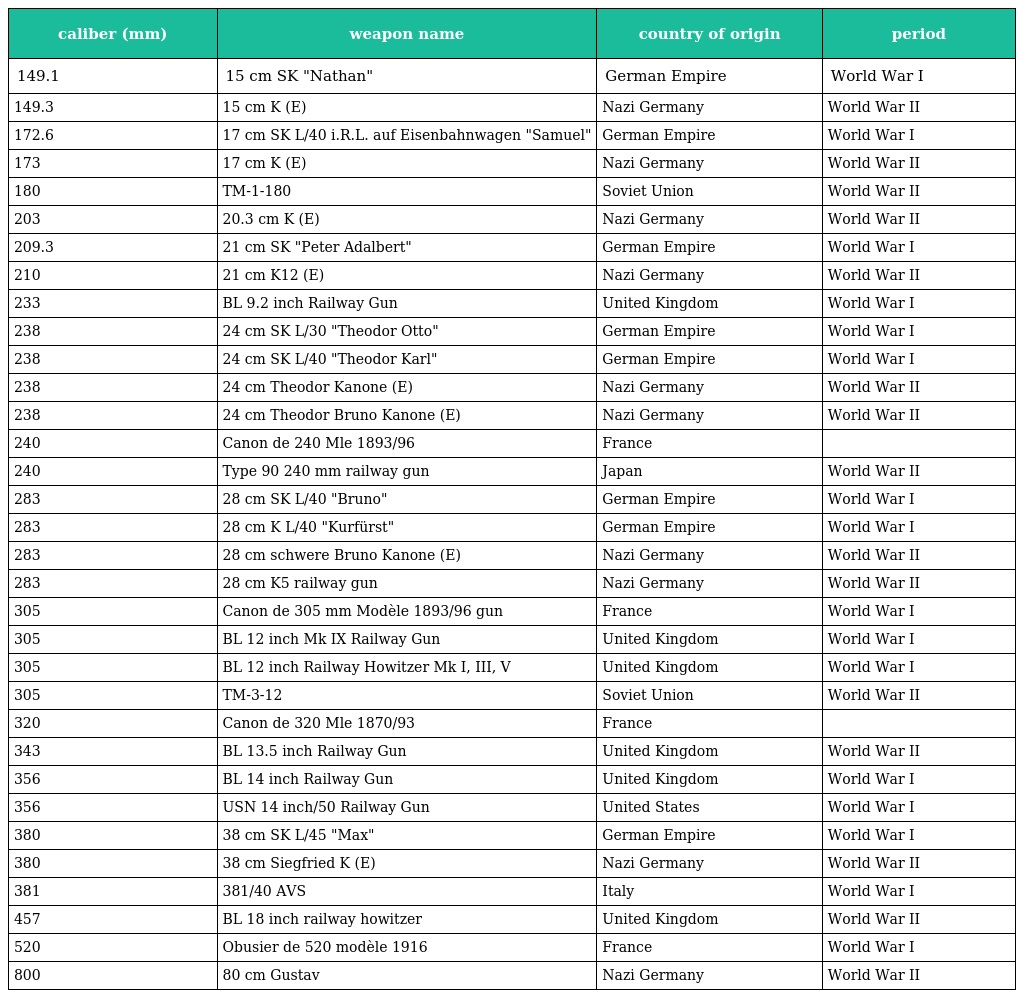
| caliber (mm) | weapon name | country of origin | period |
 | --- | --- | --- | --- |
 | 149.1 | 15 cm SK "Nathan" | German Empire | World War I |
 | 149.3 | 15 cm K (E) | Nazi Germany | World War II |
 | 172.6 | 17 cm SK L/40 i.R.L. auf Eisenbahnwagen "Samuel" | German Empire | World War I |
 | 173 | 17 cm K (E) | Nazi Germany | World War II |
 | 180 | TM-1-180 | Soviet Union | World War II |
 | 203 | 20.3 cm K (E) | Nazi Germany | World War II |
 | 209.3 | 21 cm SK "Peter Adalbert" | German Empire | World War I |
 | 210 | 21 cm K12 (E) | Nazi Germany | World War II |
 | 233 | BL 9.2 inch Railway Gun | United Kingdom | World War I |
 | 238 | 24 cm SK L/30 "Theodor Otto" | German Empire | World War I |
 | 238 | 24 cm SK L/40 "Theodor Karl" | German Empire | World War I |
 | 238 | 24 cm Theodor Kanone (E) | Nazi Germany | World War II |
 | 238 | 24 cm Theodor Bruno Kanone (E) | Nazi Germany | World War II |
 | 240 | Canon de 240 Mle 1893/96 | France |  |
 | 240 | Type 90 240 mm railway gun | Japan | World War II |
 | 283 | 28 cm SK L/40 "Bruno" | German Empire | World War I |
 | 283 | 28 cm K L/40 "Kurfürst" | German Empire | World War I |
 | 283 | 28 cm schwere Bruno Kanone (E) | Nazi Germany | World War II |
 | 283 | 28 cm K5 railway gun | Nazi Germany | World War II |
 | 305 | Canon de 305 mm Modèle 1893/96 gun | France | World War I |
 | 305 | BL 12 inch Mk IX Railway Gun | United Kingdom | World War I |
 | 305 | BL 12 inch Railway Howitzer Mk I, III, V | United Kingdom | World War I |
 | 305 | TM-3-12 | Soviet Union | World War II |
 | 320 | Canon de 320 Mle 1870/93 | France |  |
 | 343 | BL 13.5 inch Railway Gun | United Kingdom | World War II |
 | 356 | BL 14 inch Railway Gun | United Kingdom | World War I |
 | 356 | USN 14 inch/50 Railway Gun | United States | World War I |
 | 380 | 38 cm SK L/45 "Max" | German Empire | World War I |
 | 380 | 38 cm Siegfried K (E) | Nazi Germany | World War II |
 | 381 | 381/40 AVS | Italy | World War I |
 | 457 | BL 18 inch railway howitzer | United Kingdom | World War II |
 | 520 | Obusier de 520 modèle 1916 | France | World War I |
 | 800 | 80 cm Gustav | Nazi Germany | World War II |